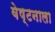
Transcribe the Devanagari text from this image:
वेष्टनाला